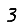
Digit: 3